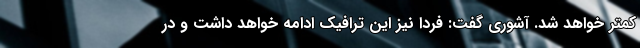
کمتر خواهد شد. آشوری گفت: فردا نیز این ترافیک ادامه خواهد داشت و در